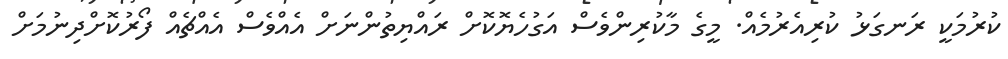
ކުރުމަކީ ރަނގަޅު ކުރިއެރުމެއް. މީގެ މާކުރިންވެސް އަގުހެޔޮކޮށް ރައްޔިތުންނަށް އެއްވެސް އެއްޗެއް ފޯރުކޮށްދިނުމަށް